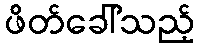
ဖိတ်ခေါ်သည့်